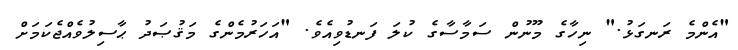
"އެންމެ ރަނގަޅު." ނިހާގެ މޫނުން ސަމާސާގެ ކުލަ ފަނޑުވިއެވެ. "އަހަރުމެންގެ މަޤުޞަދު ޙާސިލުވެއްޖެކަމަށް